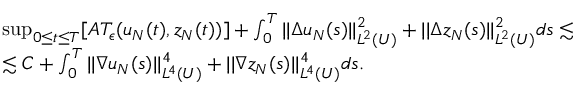
\begin{array} { r l } & { \operatorname* { s u p } _ { 0 \leq t \leq T } [ A T _ { \epsilon } ( u _ { N } ( t ) , z _ { N } ( t ) ) ] + \int _ { 0 } ^ { T } | | \Delta u _ { N } ( s ) | | _ { L ^ { 2 } ( U ) } ^ { 2 } + | | \Delta z _ { N } ( s ) | | _ { L ^ { 2 } ( U ) } ^ { 2 } d s \lesssim } \\ & { \lesssim C + \int _ { 0 } ^ { T } | | \nabla u _ { N } ( s ) | | _ { L ^ { 4 } ( U ) } ^ { 4 } + | | \nabla z _ { N } ( s ) | | _ { L ^ { 4 } ( U ) } ^ { 4 } d s . } \end{array}